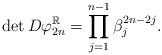
LaTeX: \begin{align*} \det D\varphi_{2n}^\mathbb{R} = \prod \limits_{j = 1}^{n - 1} \beta_j^{2n - 2j}. \end{align*}